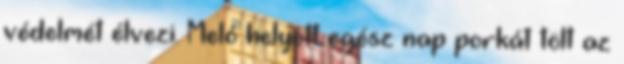
védelmét élvezi. Meló helyett egész nap porkát tölt az